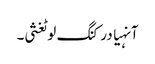
آنہیا درکنگ لوٹغثی۔